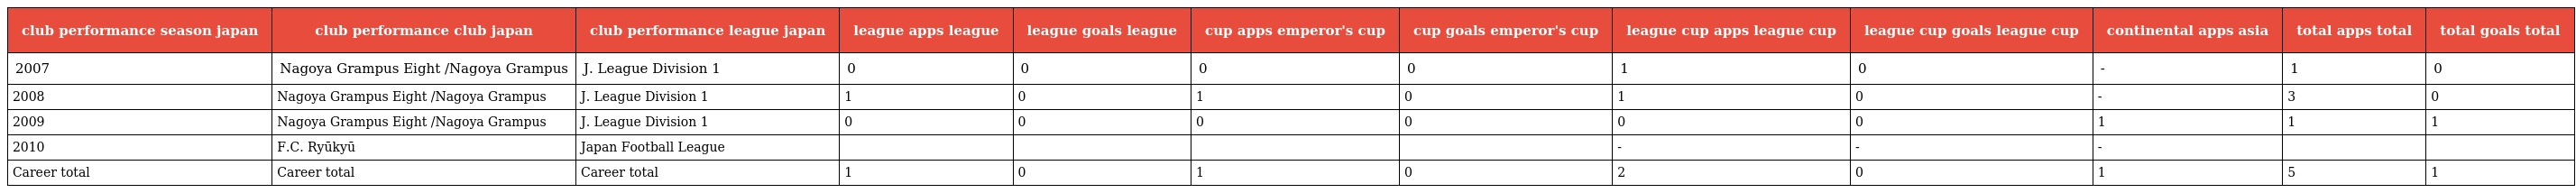
| club performance season japan | club performance club japan | club performance league japan | league apps league | league goals league | cup apps emperor's cup | cup goals emperor's cup | league cup apps league cup | league cup goals league cup | continental apps asia | total apps total | total goals total |
 | --- | --- | --- | --- | --- | --- | --- | --- | --- | --- | --- | --- |
 | 2007 | Nagoya Grampus Eight /Nagoya Grampus | J. League Division 1 | 0 | 0 | 0 | 0 | 1 | 0 | - | 1 | 0 |
 | 2008 | Nagoya Grampus Eight /Nagoya Grampus | J. League Division 1 | 1 | 0 | 1 | 0 | 1 | 0 | - | 3 | 0 |
 | 2009 | Nagoya Grampus Eight /Nagoya Grampus | J. League Division 1 | 0 | 0 | 0 | 0 | 0 | 0 | 1 | 1 | 1 |
 | 2010 | F.C. Ryūkyū | Japan Football League |  |  |  |  | - | - | - |  |  |
 | Career total | Career total | Career total | 1 | 0 | 1 | 0 | 2 | 0 | 1 | 5 | 1 |